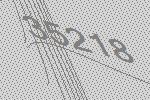
35218